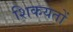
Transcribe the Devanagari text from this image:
शिकयतों